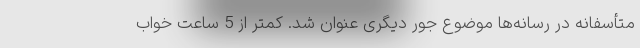
متأسفانه در رسانه‌ها موضوع جور دیگری عنوان شد. کمتر از 5 ساعت خواب